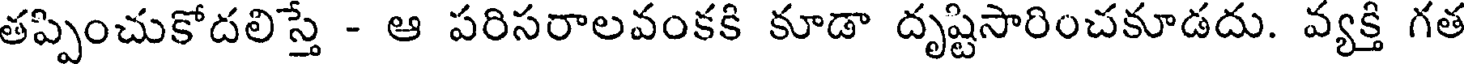
తప్పించుకోదలిస్తే - ఆ పరిసరాలవంకకి కూడా దృష్టిసారించకూడదు. వ్యక్తి గత